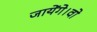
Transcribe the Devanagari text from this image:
जायेंगे।वो